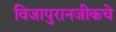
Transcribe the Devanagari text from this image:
विजापुरानजीकचे